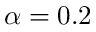
\alpha = 0 . 2